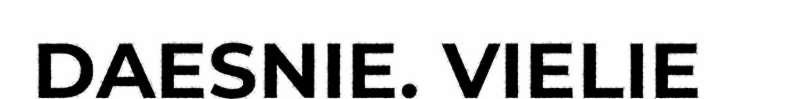
DAESNIE. VIELIE